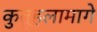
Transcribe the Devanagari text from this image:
कुतूहलामागे